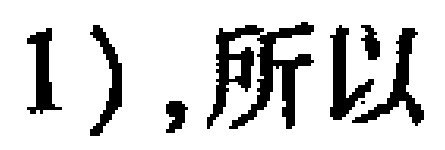
1),所以